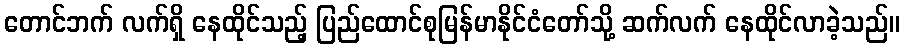
တောင်ဘက် လက်ရှိ နေထိုင်သည့် ပြည်ထောင်စုမြန်မာနိုင်ငံတော်သို့ ဆက်လက် နေထိုင်လာခဲ့သည်။